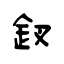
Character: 釵